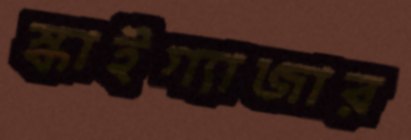
স্কাইগ্যাজার